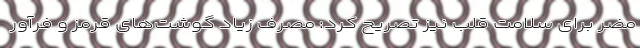
مضر برای سلامت قلب نیز تصریح کرد: مصرف زیاد گوشت‌های قرمز و فرآور